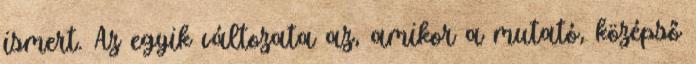
ismert. Az egyik változata az, amikor a mutató, középső